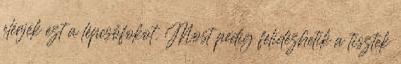
elérjék ezt a lépcsőfokot. Most pedig felidézhetik a tisztek